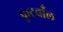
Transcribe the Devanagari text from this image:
फुटबाँल